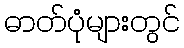
ဓာတ်ပုံများတွင်